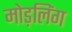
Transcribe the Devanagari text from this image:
मोड़लिंग